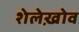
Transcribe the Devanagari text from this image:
शेलेख़ोव